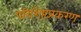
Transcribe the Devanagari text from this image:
परिशिष्टप्रकरण